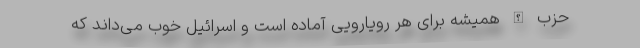
حزب الله همیشه برای هر رویارویی آماده است و اسرائیل خوب می‌داند که